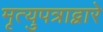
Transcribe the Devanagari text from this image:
मृत्युपत्राद्वारे